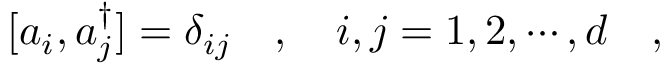
[ a _ { i } , a _ { j } ^ { \dagger } ] = \delta _ { i j } \ \ \ , \ \ \ i , j = 1 , 2 , \cdots , d \ \ \ ,